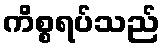
ကိစ္စရပ်သည်